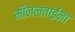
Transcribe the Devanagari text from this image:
मीनलताईंना